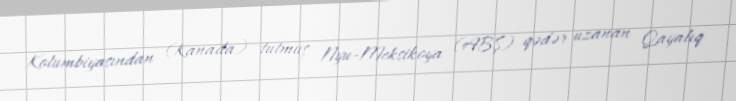
Kolumbiyasından (Kanada) tutmuş Nyu-Meksikoya (ABŞ) qədər uzanan Qayalıq